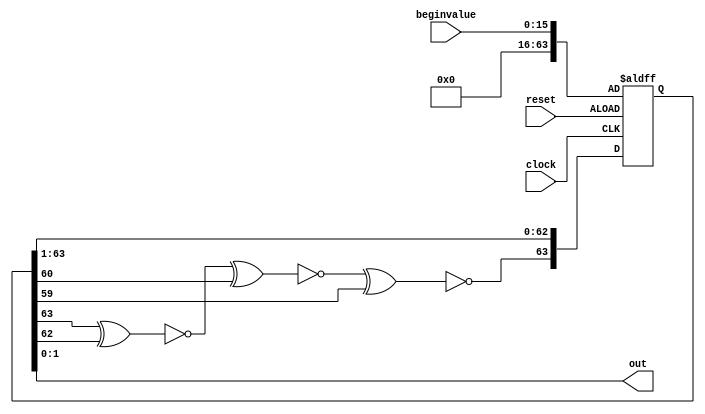
module lfsr (input [15:0] beginvalue, input clock, input reset, output [1:0] out);

	reg [63:0]q;

	assign out = q[1:0];

	wire w1,w2,w3;

   assign w1= ~(q[63]^q[62]),
	w2= ~(w1^q[60]),
	w3= ~(w2^q[59]);

	always@(posedge clock or posedge reset) begin
		if(reset) q <= beginvalue;
		else q<={w3,q[63:1]};
	end

endmodule